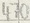
Text: 470